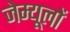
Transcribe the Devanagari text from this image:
जेम्यूलों